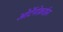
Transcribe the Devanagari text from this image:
ओर्टेनोक्राईस